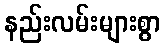
နည်းလမ်းများစွာ